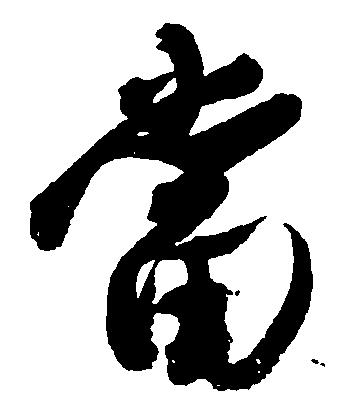
当